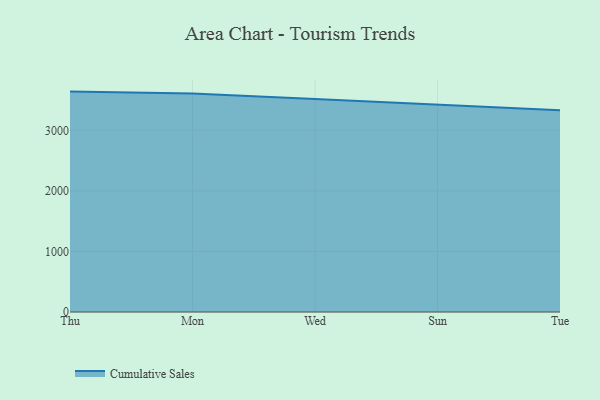
{"axis": {"x": "Day", "y": "Temperature (°C)"}, "legend": ["Cumulative Sales"], "data": [{"x": "Thu", "y": 3638.9, "type": "Cumulative Sales"}, {"x": "Mon", "y": 3608.6, "type": "Cumulative Sales"}, {"x": "Wed", "y": 3515.0, "type": "Cumulative Sales"}, {"x": "Sun", "y": 3421.2, "type": "Cumulative Sales"}, {"x": "Tue", "y": 3330.3, "type": "Cumulative Sales"}]}